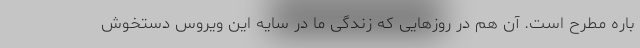
باره مطرح است. آن هم در روزهایی که زندگی ما در سایه این ویروس دستخوش